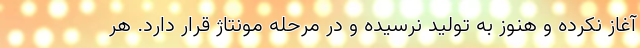
آغاز نکرده و هنوز به تولید نرسیده و در مرحله مونتاژ قرار دارد. هر